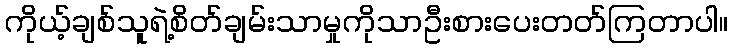
ကိုယ့်ချစ်သူရဲ့စိတ်ချမ်းသာမှုကိုသာဦးစားပေးတတ်ကြတာပါ။